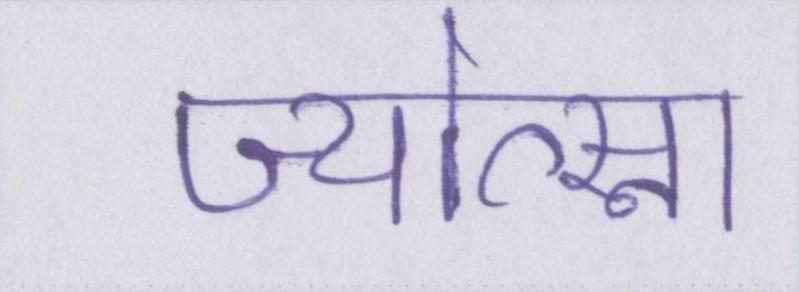
ज्योत्स्ना